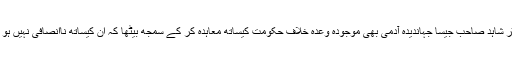
ڈاکٹر شاہد صاحب جیسا جہاندیدہ آدمی بھی موجودہ وعدہ خلاف حکومت کیساتھ معاہدہ کر کے سمجھ بیٹھا کہ ان کیساتھ ناانصافی نہیں ہو گی۔